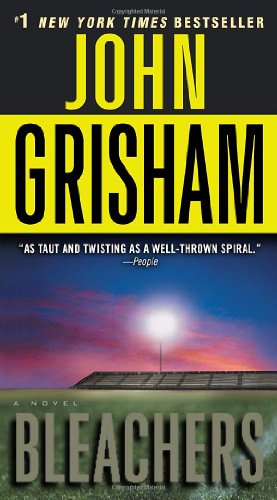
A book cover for Bleachers: A Novel; John Grisham; Literature & Fiction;